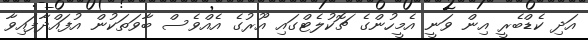
އަދި ކެޑްބެރީ އިން ވަނީ އެމީހުންގެ ޗޮކުލެޓްގައި އޫރުގެ އެއްވެސް ބާވަތަކުން އުފައްދާފައިވާ